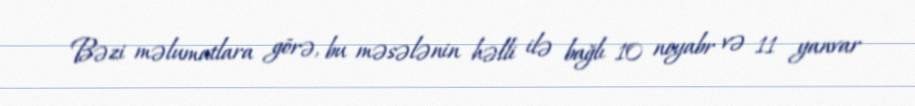
Bəzi məlumatlara görə, bu məsələnin həlli ilə bağlı 10 noyabr və 11 yanvar